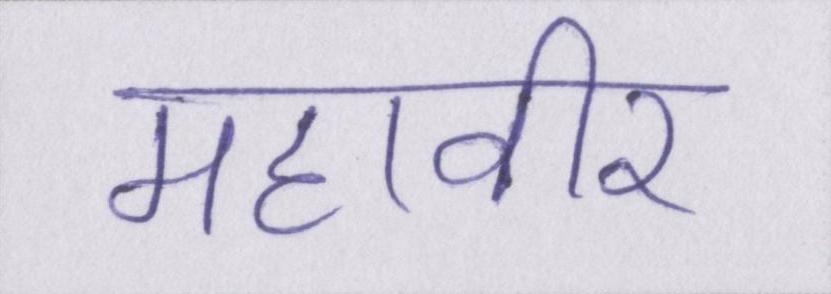
महावीर